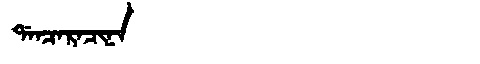
Manchu: ᡩᠠᠨᠴᠠᡵᠠᠴᡳᠨᠠ
Romanization: DANCARACINA